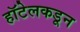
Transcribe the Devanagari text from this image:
हॉटेलकडून